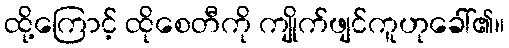
ထို့ကြောင့် ထိုစေတီကို ကျိုက်ဖျင်ကူဟုခေါ်၏။